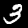
Digit: 3